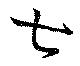
七